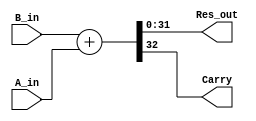
module Adder32bits (
	//INPUTs
	input [31:0] A_in,	//
	input [31:0] B_in,	//
	
	//OUTPUTs
	output [31:0] Res_out,	//
	output Carry				//
);

	wire [32:0] Res_reg;

	assign Res_reg = {1'b0,B_in} + {1'b0,A_in};

	assign Res_out = Res_reg[31:0];
	assign Carry = Res_reg[32];
	
endmodule